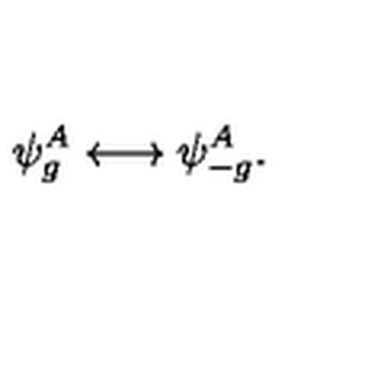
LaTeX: \psi _ { g } ^ { A } \longleftrightarrow \psi _ { - g } ^ { A } .